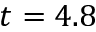
t = 4 . 8